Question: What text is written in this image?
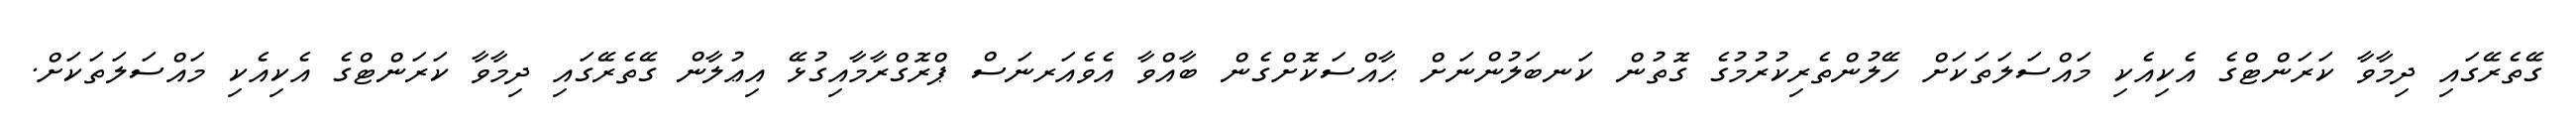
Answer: ގޭތެރޭގައި ދިމާވާ ކަރަންޓްގެ އެކިއެކި މައްސަލަތަކަށް ހޭލުންތެރިކުރުމުގެ ގޮތުން ކަނބަލުންނަށް ޙާއްސަކޮށްގެން ބާއްވާ އެވެއަރނަސް ޕްރޮގްރާމާއިގުޅޭ އިޢުލާން ގޭތެރޭގައި ދިމާވާ ކަރަންޓްގެ އެކިއެކި މައްސަލަތަކަށް.